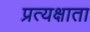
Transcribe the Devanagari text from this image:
प्रत्यक्षाता